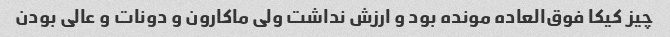
چیز کیکا فوق‌العاده مونده بود و ارزش نداشت ولی ماکارون و دونات و عالی بودن